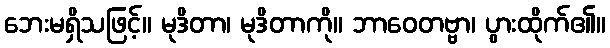
ဘေးမရှိသဖြင့်။ မုဒိတာ၊ မုဒိတာကို။ ဘာဝေတဗ္ဗာ၊ ပွားထိုက်၏။